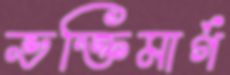
ভক্তিমার্গ